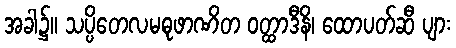
အခါ၌။ သပ္ပိတေလမဓုဖာဏိတ ဝတ္ထာဒီနိ၊ ထောပတ်ဆီ ပျား